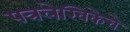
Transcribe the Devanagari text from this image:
पत्रलेखिकेचे